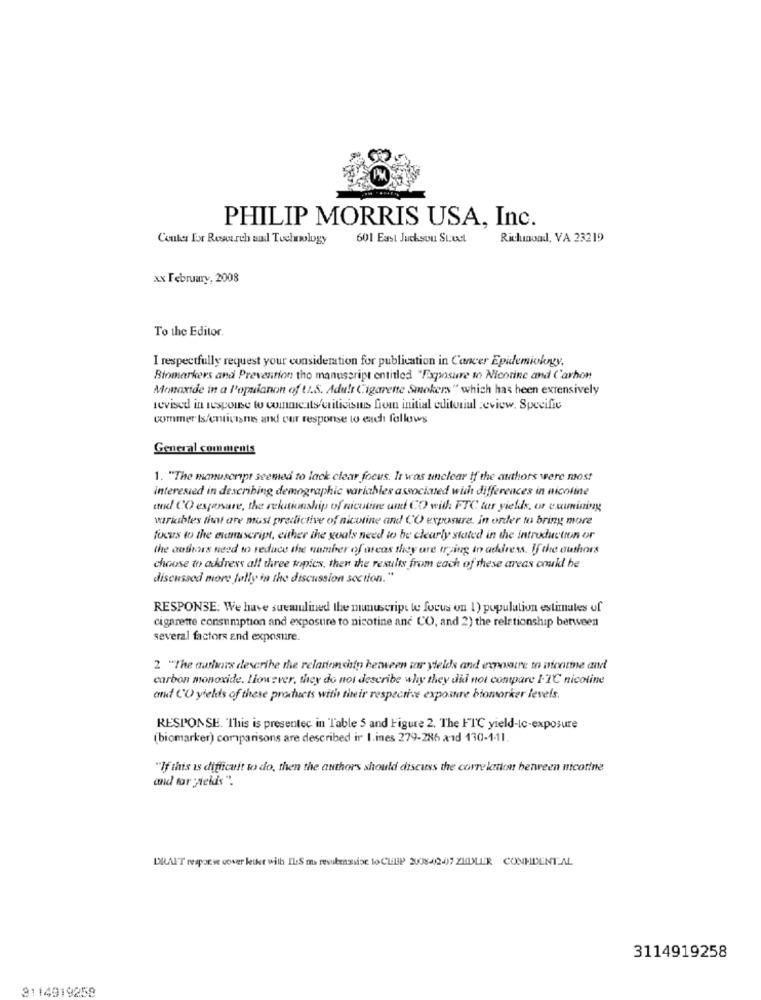
PHILIP MORRIS USA, Inc.
Center For Research and Technology
601 East Jackson Stud
Richmond, VA 23219
xx February, 2008
To the Editor.
I respectfully request your consideration for publication in Cancer Epidemiology,
Biomarkers and Prevention tho manuscript entitled "Exposure to Nicotine and Carbon
Monoxide in a l'opuianon of t2.S. Adult Cigarette Smokers" which has heen extensively
revised in response to comments/criticismus from initial editorial :eview, Specific
commer Is/entivisme and our response to each follows
General comments
1. "The manuscript seemed to lack clear focus. It was unclear if the authors were most
interested in describing demographic variables associated with differences in nicoline
and CO espensare, the relationship of nicotine and CO with FTC tar yields, or examining
wariables that are must predictive of nicotine and CO exposure. in order to bring more
focus to the eumascript, either the goals need to be clearly stated in the introduction or
the authors need to reduce the number of areas they are trying to address. If the authors
choose to address all three topics, then the results from each of these areas could be
discussed more folly in the discussion section."
RESPONSE: We have suemulined the manuscript le focus on 1) population estimates of
cigarette consumption and exposure to nicotine and CO, and 2) the relationship between
several factors and exposure.
2 "The authors describe the relationship herween tar yields and exposure to nicotine and
carbon monoxide. However, they do not describe why they did not compare 1-1℃ nicotine
and L'O yields of these products with their respective exposure biomarker levels.
RESPONSE. This is presentec in Table 5 and Figure 2. The FTC yield-to-exposure
(biomarker) comparisons are described ir I.ines 279-286 and 130-1-11.
"If this is difficult to do, then the authors should discuss the correlation between nicotine
and tar yields ".
DRAIT response cower letkt with ILS ma resubenssise to CLEP 2008-12-07 ZEDLER CONHDENTAL
3114919258
3114919258